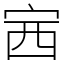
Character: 𡧳